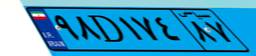
۷۱D۳۸۶۹۲